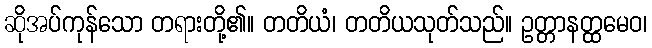
ဆိုအပ်ကုန်သော တရားတို့၏။ တတိယံ၊ တတိယသုတ်သည်။ ဥတ္တာနတ္ထမေဝ၊